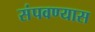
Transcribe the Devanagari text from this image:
संपवण्यास